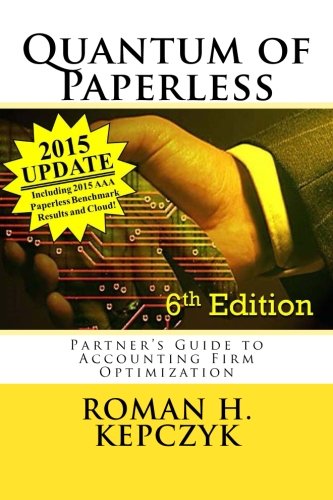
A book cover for Quantum of Paperless: Partner's Guide to Accounting Firm Optimization; Roman H Kepczyk; Business & Money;